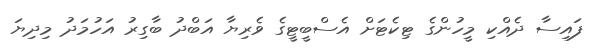
ފައިސާ ދެއްކި މީހުންގެ ޓިކެޓަށް އެސްބީޓީގެ ވެރިޔާ އަބްދު ބާގިރު އަހުމަދު މިދިޔަ